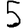
Digit: 5